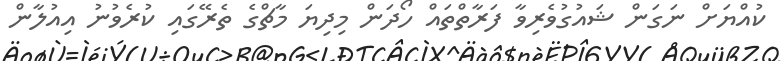
ކުއްޔަށް ނަގަން ޝައުގުވެރިވާ ފަރާތްތައް ހޯދަން މިދިޔަ މާޗްގެ ތެރޭގައި ކުރެވުނު އިއުލާން